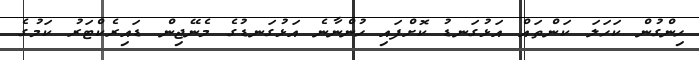
ހިންގުން ކަހަލަ ކަންތައް އަޅުގަނޑު ކޮށްފައި ހުންނާނެ އަޅުގަނޑުގެ މެނޭޖިން ޑައިރެކްޓަރު ކަމުގެ